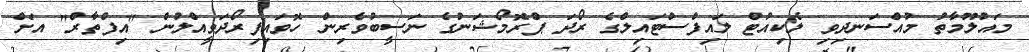
މައުލޫމާތު މުއްސަނދިވި ލެކިއުޓް ލައިފްސްޓައިލްގެ ރޯދަ ޕްރޮމޯޝަނުގެ ނަސީބުވެރިން ހޮވައިފިރޯދަވީއްލުން "އިފްތާރް" އަށް